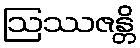
ဩဿဇန္တိ